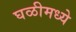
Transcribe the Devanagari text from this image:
घळीमध्ये